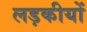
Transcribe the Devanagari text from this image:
लड़कीयों